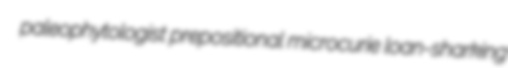
paleophytologist prepositional microcurie loan-sharking